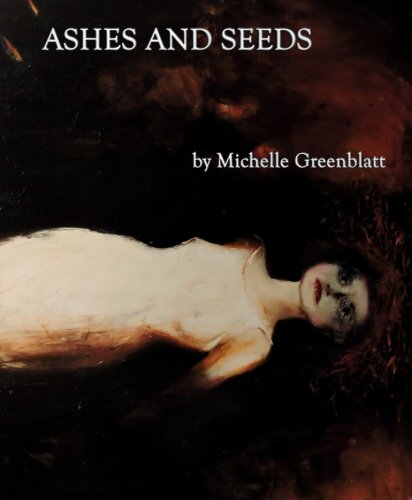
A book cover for Ashes and Seeds; Michelle Greenblatt; Literature & Fiction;